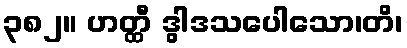
၃၈၂။ ဟတ္ထီ ဒွါဒသပေါသော၊တိ၊